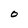
Character: O